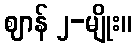
ဈာန် ၂-မျိုး။